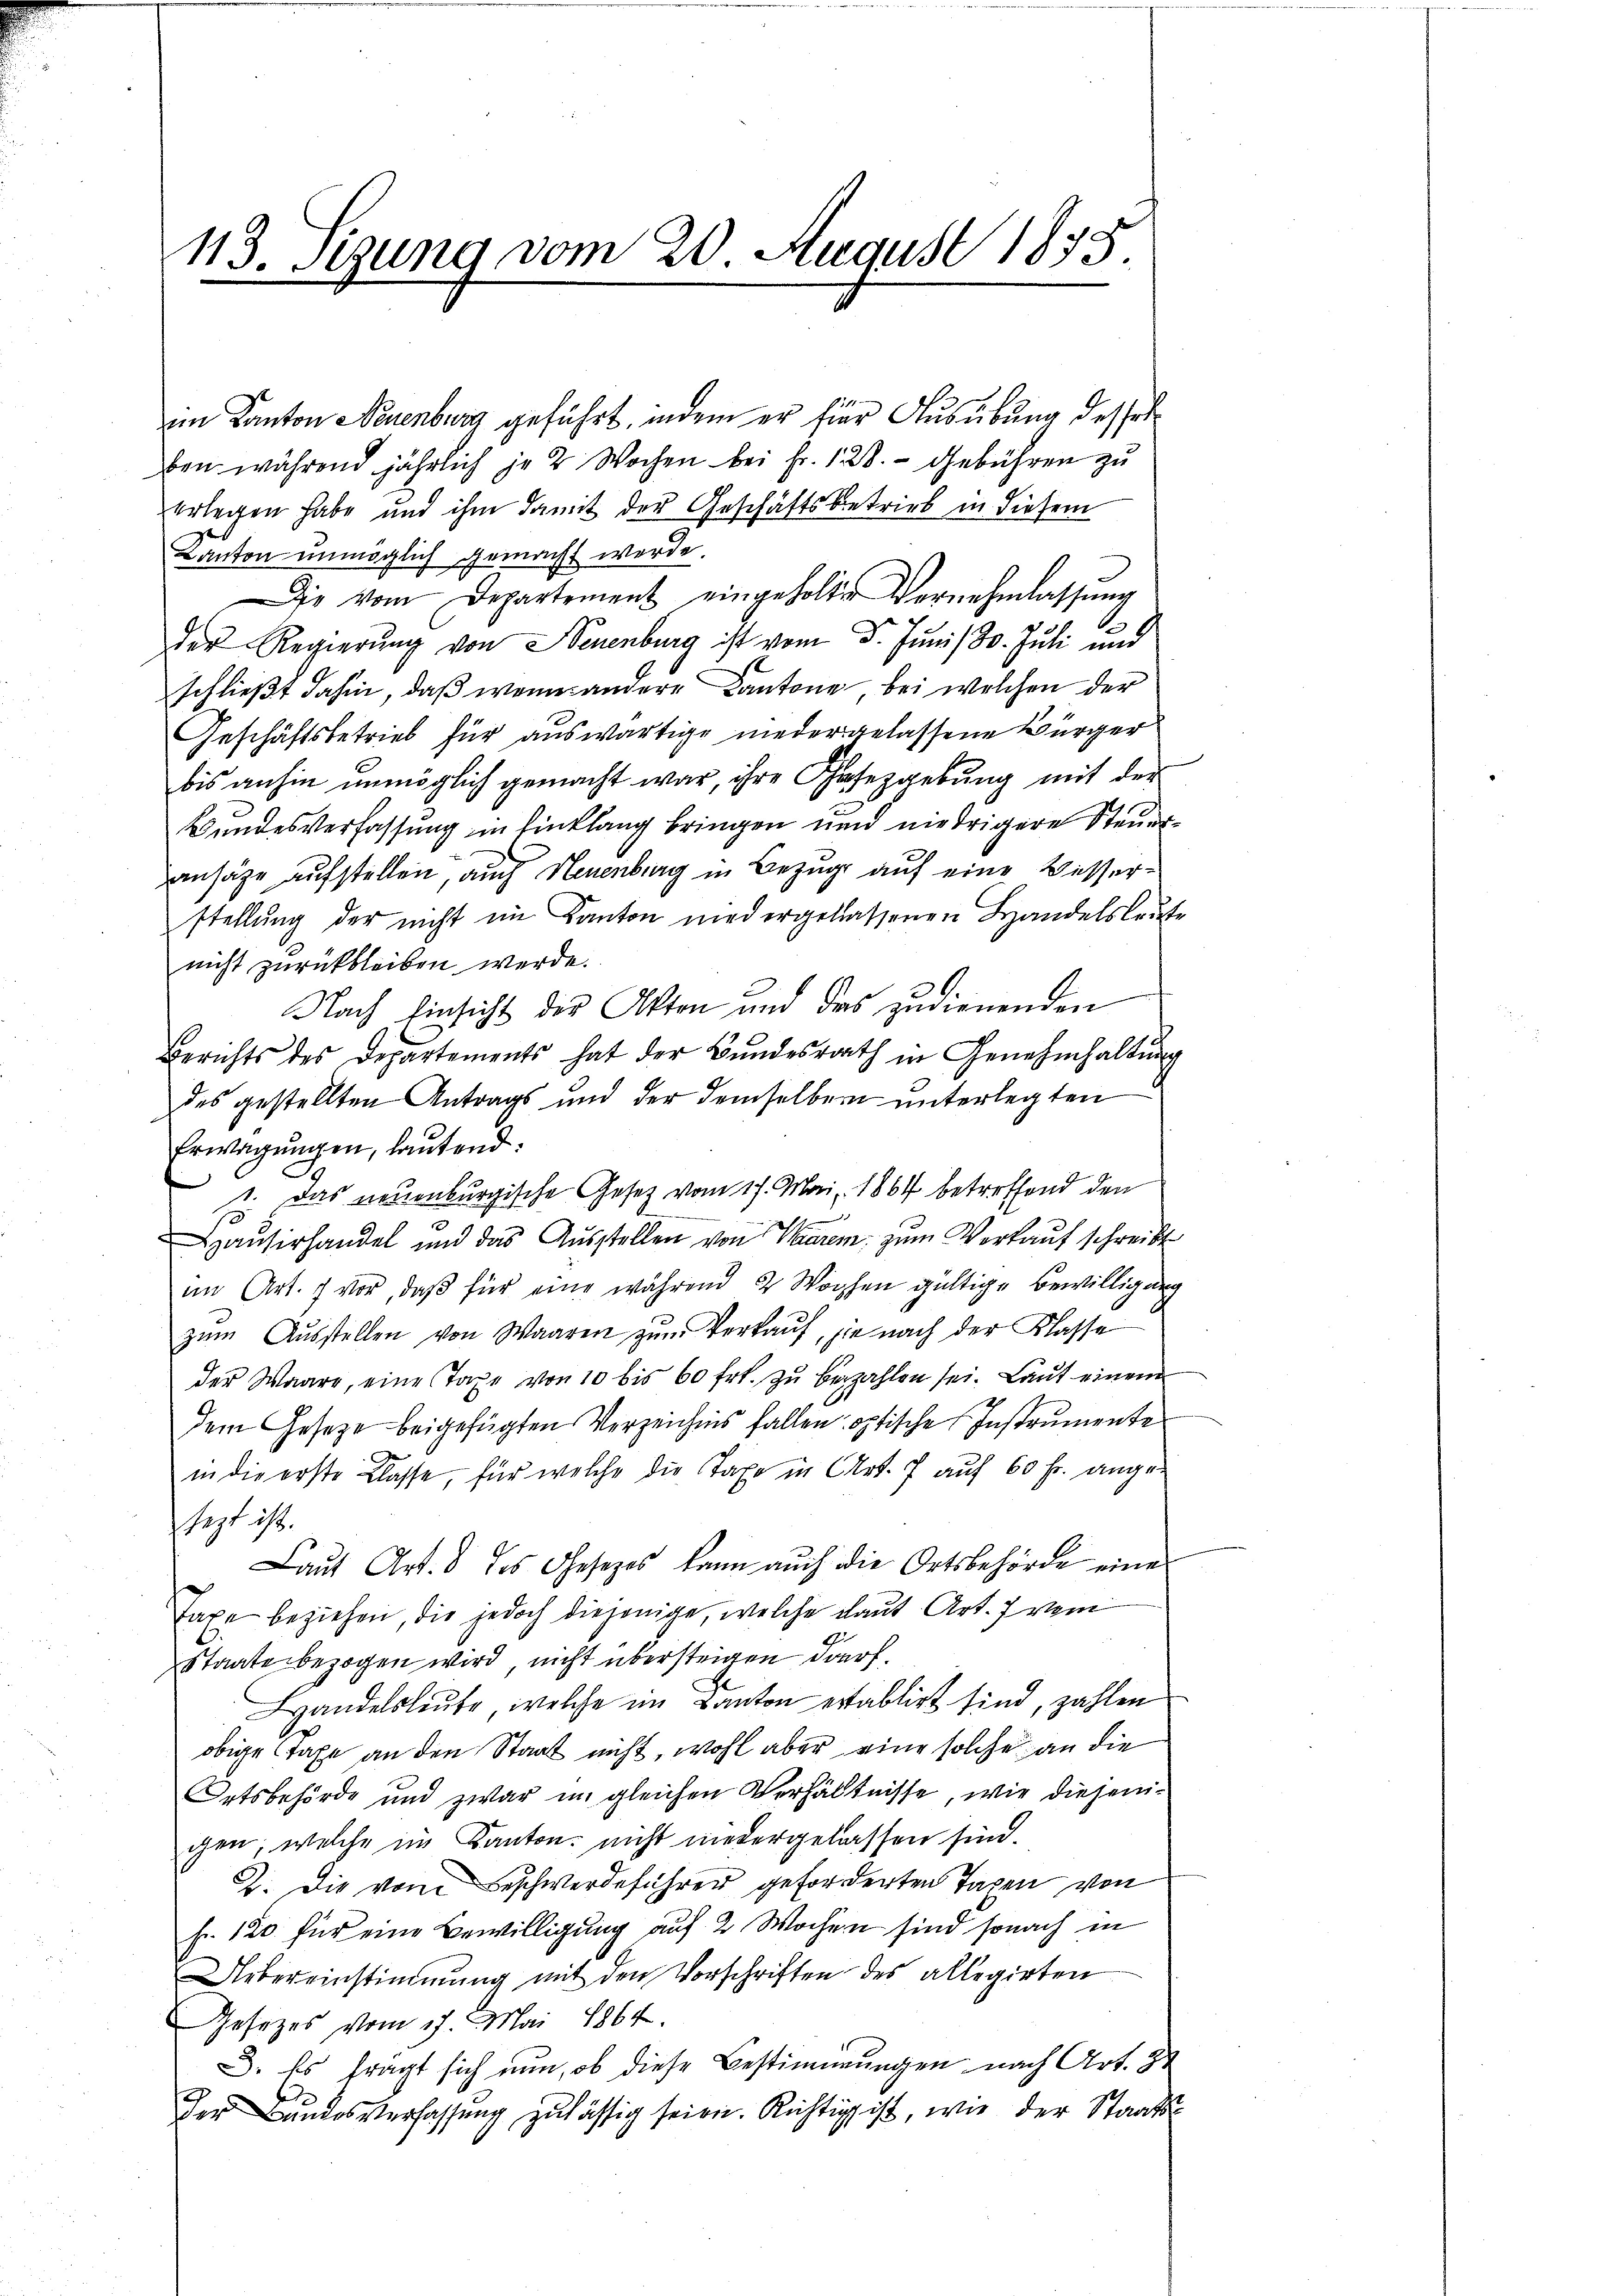
113. Sizung vom 20. August 1835.

im Kanton Neuenburg geführt, indem er für Ausübung dessel
ben während jährlich je 2 Wochen bei Fr. 128. - Gebühren zu
erlegen habe und ihm damit der Geschäftsbetrieb in diesem
Kanton unmöglich gemacht werde.
Die vom Departement eingeholter Vernehmlassung
der Regierung von Neuenburg ist vom 3. Juni / 80. Juli und
schließt dahin, daß wenn andere Cantone, bei welchen der
Geschäftsbetrieb für auswärtige niedergelassene Bürger
bis anhin unmöglich gemacht war, ihre Gesetzgebung mit der
Bundesverfassung in Einklang bringen und niedrigere Steueransähe aufstellen, auch Neuenburg in Bezug auf eine Besserstellung der nicht im Kanton wird ergelassenen Handelsleute
nicht zurückbleiben werde.
Nach Einsicht der Akten und das zudienenden
Berichts des Departements hat der Bundesrath in Genehmhaltung
des gestellten Antrags und der demselben unterlegten
Erwägungen, lautend:
. Das neuenburgische Gesetz vom 17. Mai 1864 betreffend den
ausirhandel und das Ausstellen von Waarem zum Verkauf schreibt
im Art. 7 vor, daß für eine während 2 Wochen gültige Bewilligung
zŭm Aŭsstellen von Waaren zŭm Verkaŭf, sie nach der Klasse
der Waare, eine Taxe von 10 bis 60 fr. zŭ bezahlen sei. Laŭt einem
dem Gesetze beigefügten Verzeichnis fallen optische Instrumente
in die erste Classe, für welche die Taxe in Art. 7 auf 60 Fr. ange-
jezt ist.
Laut Art. 8 des Gesetzes kann auch die Ortsbehörde eine
Taxe beziehen, die jedoch diejenige, welche laut Art. Irem
Staate bezogen wird nicht übersteigen darf.
Handelsleute, welche im Kanton ertablirt sind, zahlen
obige Taxe an den Staat nicht, wohl aber eine solche an die
Ortsbehörde und zwar im gleichen Verhältnisse, wie diejenigen, welche im Kanton nicht niedergelassen sind.
2. Die vom Beschwerdeführer geforderten Tagen von
fr. 120 für eine Bewilligung auf 2 Wochen sind sonach in
Uebereinstimmung mit den Vorschriften des allegirten
esezes vom 17. Mai 1864.
3. Es frägt sich nun, ob diese Bestimmungen nach Art. 84
der Bundesverfassung zulässig seien. Richtig ist, wie der Staats-